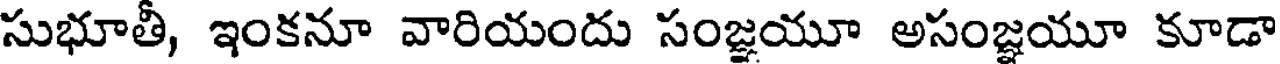
సుభూతీ, ఇంకనూ వారియందు సంజ్ఞయూ అసంజ్ఞయూ కూడా